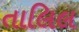
તાલિલ